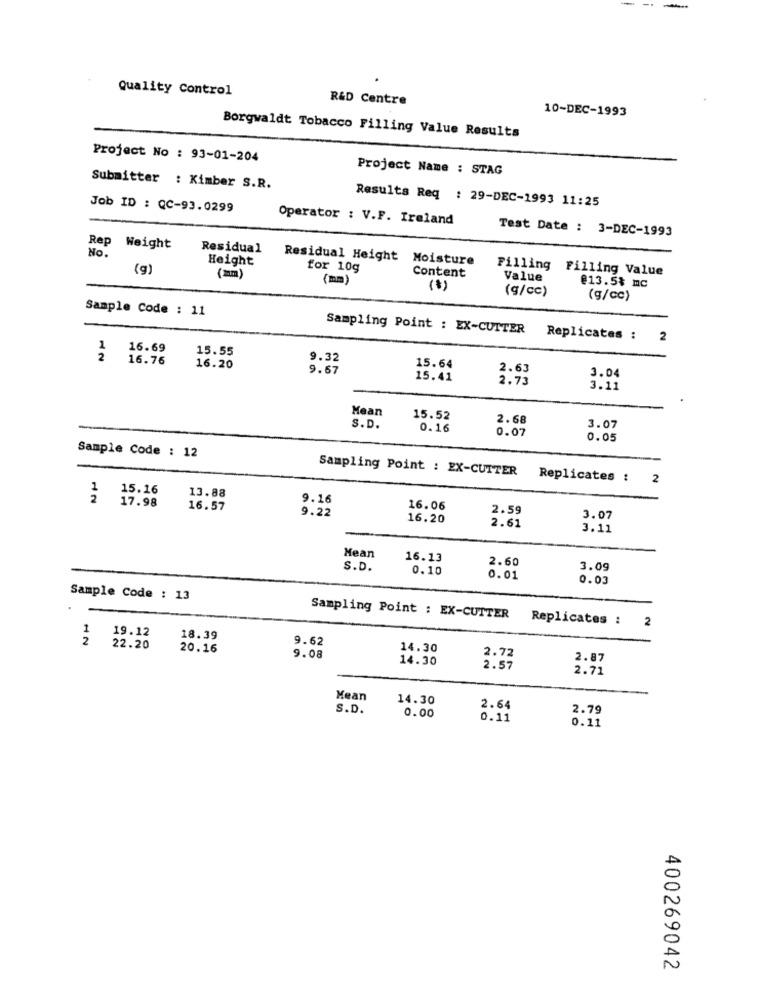
Quality Control
R&D Centre
10-DEC-1993
Borgwaldt Tobacco Filling Value Results
Project No : 93-01-204
Project Name : STAG
Submitter : Kimber S.R.
Results Req : 29-DEC-1993 11:25
Job ID : QC-93.0299
Operator : V.F. Ireland
Test Date : 3-DEC-1993
Rep Weight
Residual
No.
Height
Residual Height Moisture
(g)
for 10g
Filling Filling Value
(mm)
(mm)
Content
Value
(g/cc)
@13.5% mc
(g/cc)
Sample Code : 11
Sampling Point : EX-CUTTER
Replicates :
2
2
16.69
15.55
2
16.76
9.32
16.20
9.67
15.64
2.63
3.04
15.41
2.73
3.11
Mean
15.52
2.68
S.D.
0.16
0.07
3.07
0.05
Sample Code : 12
Sampling Point : EX-CUTTER
Replicates :
2
1
15.16
2
17.98
13.88
9.16
16.57
9.22
16.06
2.59
16.20
3.07
2.61
3.11
Mean
16.13
2.60
S.D.
0.10
3.09
0.01
0.03
Sample Code : 13
Sampling Point : EX-CUTTER
Replicates :
2
1
19.12
18.39
9.62
22.20
20.16
14.30
9.08
14.30
2.72
2.87
2.57
2.71
Mean
14.30
S.D.
2.64
2.79
0.00
0.11
0.11
400269042